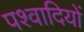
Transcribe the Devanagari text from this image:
पश्वादियों